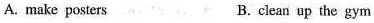
A. make posters B.clean up the gym